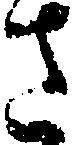
さ